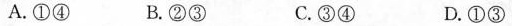
A.①④ B.②③ C.③④ D.①③